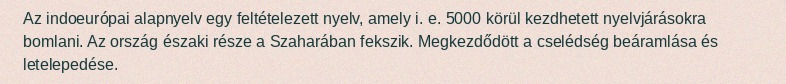
Az indoeurópai alapnyelv egy feltételezett nyelv, amely i. e. 5000 körül kezdhetett nyelvjárásokra bomlani. Az ország északi része a Szaharában fekszik. Megkezdődött a cselédség beáramlása és letelepedése.